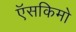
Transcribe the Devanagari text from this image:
ऍसकिमो